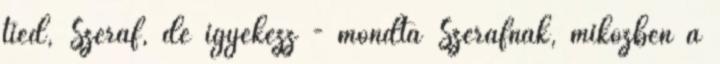
tied, Szeráf, de igyekezz - mondta Szeráfnak, miközben a